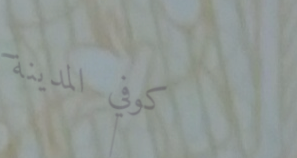
كوفي المدينة